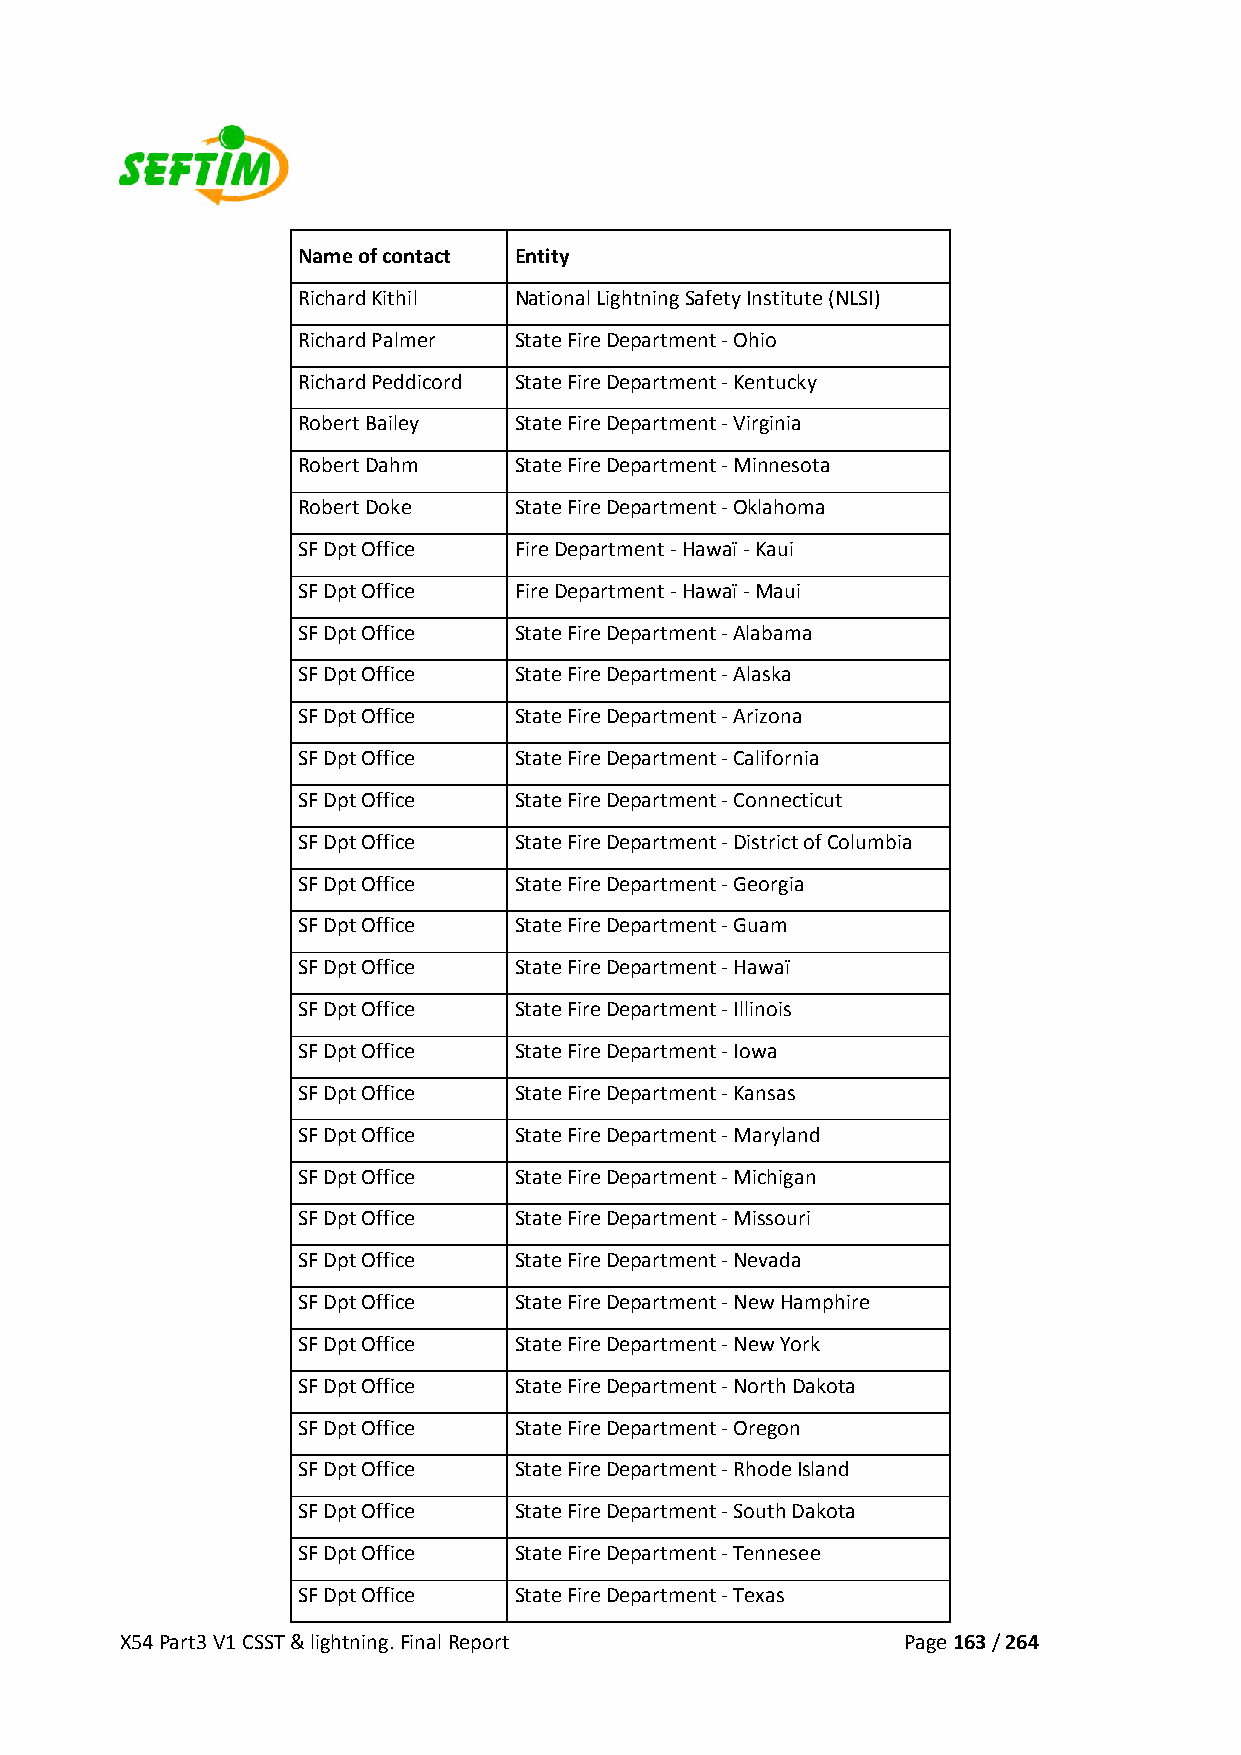
Name of contact Entity
 Richard Kithil National Lightning Safety Institute (NLSI)
 Richard Palmer State Fire Department ‐ Ohio
 Richard Peddicord State Fire Department ‐ Kentucky
 Robert Bailey State Fire Department ‐ Virginia
 Robert Dahm   State Fire Department ‐ Minnesota
 Robert Doke   State Fire Department ‐ Oklahoma
 SF Dpt Office Fire Department ‐ Hawaï ‐ Kaui
 SF Dpt Office Fire Department ‐ Hawaï ‐ Maui
 SF Dpt Office State Fire Department ‐ Alabama
 SF Dpt Office State Fire Department ‐ Alaska
 SF Dpt Office State Fire Department ‐ Arizona
 SF Dpt Office State Fire Department ‐ California
 SF Dpt Office State Fire Department ‐ Connecticut
 SF Dpt Office State Fire Department ‐ District of Columbia
 SF Dpt Office State Fire Department ‐ Georgia
 SF Dpt Office State Fire Department ‐ Guam
 SF Dpt Office State Fire Department ‐ Hawaï
 SF Dpt Office State Fire Department ‐ Illinois
 SF Dpt Office State Fire Department ‐ Iowa
 SF Dpt Office State Fire Department ‐ Kansas
 SF Dpt Office State Fire Department ‐ Maryland
 SF Dpt Office State Fire Department ‐ Michigan
 SF Dpt Office State Fire Department ‐ Missouri
 SF Dpt Office State Fire Department ‐ Nevada
 SF Dpt Office State Fire Department ‐ New Hamphire
 SF Dpt Office State Fire Department ‐ New York
 SF Dpt Office State Fire Department ‐ North Dakota
 SF Dpt Office State Fire Department ‐ Oregon
 SF Dpt Office State Fire Department ‐ Rhode Island
 SF Dpt Office State Fire Department ‐ South Dakota
 SF Dpt Office State Fire Department ‐ Tennesee
 SF Dpt Office State Fire Department ‐ Texas
 X54 Part3 V1 CSST & lightning. Final Report         Page 163 / 264